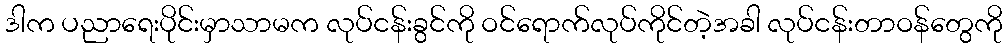
ဒါက ပညာရေးပိုင်းမှာသာမက လုပ်ငန်းခွင်ကို ဝင်ရောက်လုပ်ကိုင်တဲ့အခါ လုပ်ငန်းတာဝန်တွေကို